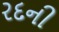
રદની